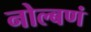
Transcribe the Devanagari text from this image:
नोल्बणं